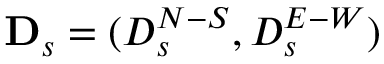
\mathbf { D } _ { s } = ( D _ { s } ^ { N - S } , D _ { s } ^ { E - W } )